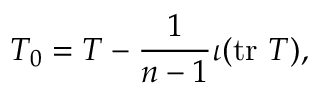
T _ { 0 } = T - { \frac { 1 } { n - 1 } } \iota ( \operatorname { t r } \, T ) ,